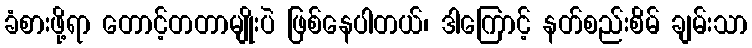
ခံစားဖို့ရာ တောင့်တတာမျိုးပဲ ဖြစ်နေပါတယ်၊ ဒါကြောင့် နတ်စည်းစိမ် ချမ်းသာ